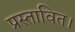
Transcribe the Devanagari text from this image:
प्रस्तावित।